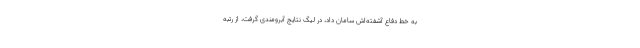
به خط دفاع آشفته‌اش سامان داد، در لیگ نتایج آبرومندی گرفت، از رتبه